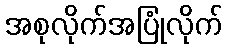
အစုလိုက်အပြုံလိုက်